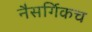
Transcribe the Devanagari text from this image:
नैसर्गिकच